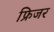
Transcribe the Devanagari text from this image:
फ्रिजर